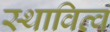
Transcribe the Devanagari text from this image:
स्थावित्व